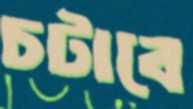
চটাবে